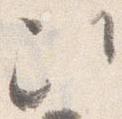
次